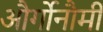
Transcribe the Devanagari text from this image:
और्गोनौमी